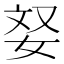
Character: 𫰥